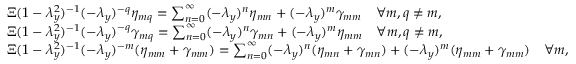
\begin{array} { r l } & { \Xi ( 1 - \lambda _ { y } ^ { 2 } ) ^ { - 1 } ( - \lambda _ { y } ) ^ { - q } \eta _ { m q } = \sum _ { n = 0 } ^ { \infty } ( - \lambda _ { y } ) ^ { n } \eta _ { m n } + ( - \lambda _ { y } ) ^ { m } \gamma _ { m m } \quad \forall m , q \neq m , } \\ & { \Xi ( 1 - \lambda _ { y } ^ { 2 } ) ^ { - 1 } ( - \lambda _ { y } ) ^ { - q } \gamma _ { m q } = \sum _ { n = 0 } ^ { \infty } ( - \lambda _ { y } ) ^ { n } \gamma _ { m n } + ( - \lambda _ { y } ) ^ { m } \eta _ { m m } \quad \forall m , q \neq m , } \\ & { \Xi ( 1 - \lambda _ { y } ^ { 2 } ) ^ { - 1 } ( - \lambda _ { y } ) ^ { - m } ( \eta _ { m m } + \gamma _ { m m } ) = \sum _ { n = 0 } ^ { \infty } ( - \lambda _ { y } ) ^ { n } ( \eta _ { m n } + \gamma _ { m n } ) + ( - \lambda _ { y } ) ^ { m } ( \eta _ { m m } + \gamma _ { m m } ) \quad \forall m , } \end{array}